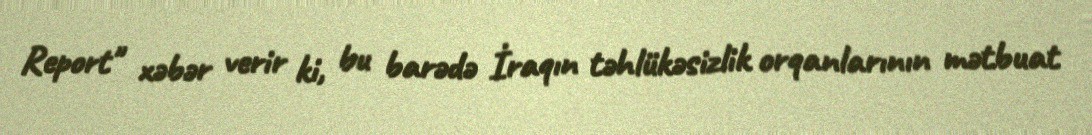
Report" xəbər verir ki, bu barədə İraqın təhlükəsizlik orqanlarının mətbuat